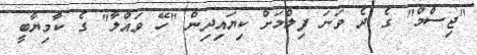
"ޖިސްމް" ގެ ދެ ވަނަ ފިލްމަށް ކިޔައިދިން "ހޭ ވައްލާ" ގެ ކާމިޔާބީ